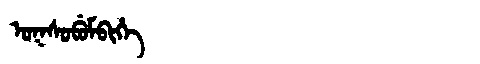
Manchu: ᠣᡴᠰᠣᠪᡠᠮᠪᡳᡥᡝ
Romanization: OKSOBUMBIHE